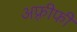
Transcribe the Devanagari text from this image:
अफ़्रीफी